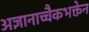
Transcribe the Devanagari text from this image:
अज्ञानाच्चैकभक्तेन